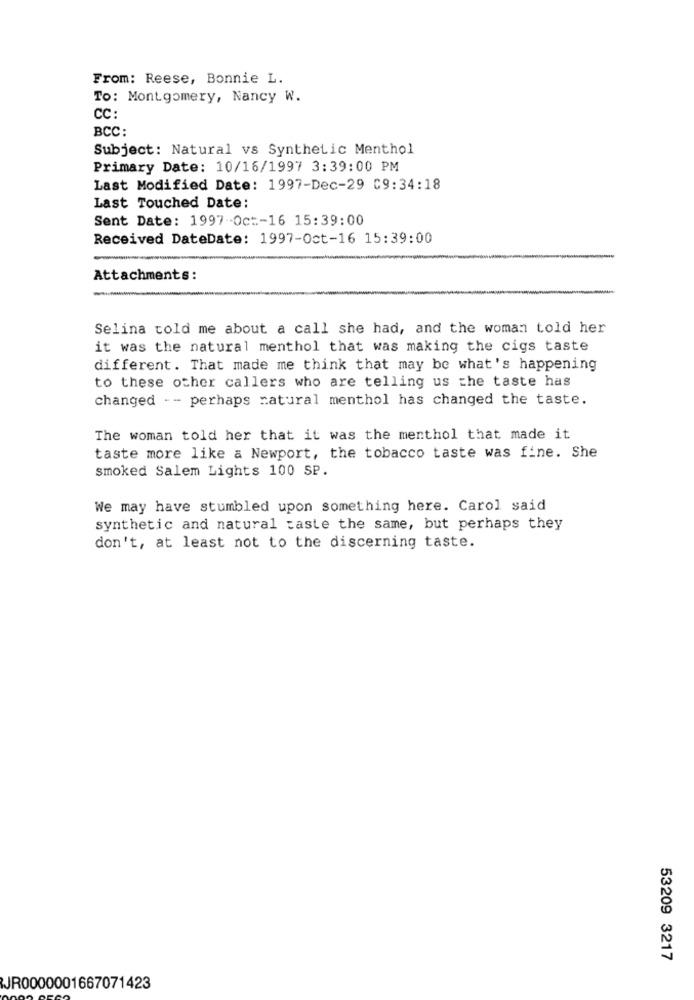
From: Reese, Bonnie L.
To: Montgomery, Nancy W.
CC:
BCC:
Subject: Natural vs Synthetic Menthol
Primary Date: 10/16/1997 3:39:00 PM
Last Modified Date: 1997-Dec-29 09:34:18
Last Touched Date:
Sent Date: 1997-Oct-16 15:39:00
Received DateDate: 1997-Oct-16 15:39:00
Attachments:
Selina told me about a call she had, and the woman told her
it was the natural menthol that was making the cigs taste
different. That made me think that may be what's happening
to these other callers who are telling us the taste has
changed - - perhaps natural menthol has changed the taste.
The woman told her that it was the menthol that made it
taste more like a Newport, the tobacco taste was fine. She
smoked Salem Lights 100 SP.
We may have stumbled upon something here. Carol said
synthetic and natural taste the same, but perhaps they
don't, at least not to the discerning taste.
53209 3217
JR0000001667071423